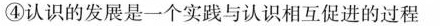
④认识的发展是一个实践与认识相互促进的过程